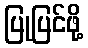
ပြုပြင်ဖို့